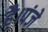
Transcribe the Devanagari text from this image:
है।पंजे